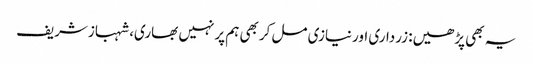
یہ بھی پڑھیں: زرداری اورنیازی مل کربھی ہم پرنہیں بھاری، شہبازشریف